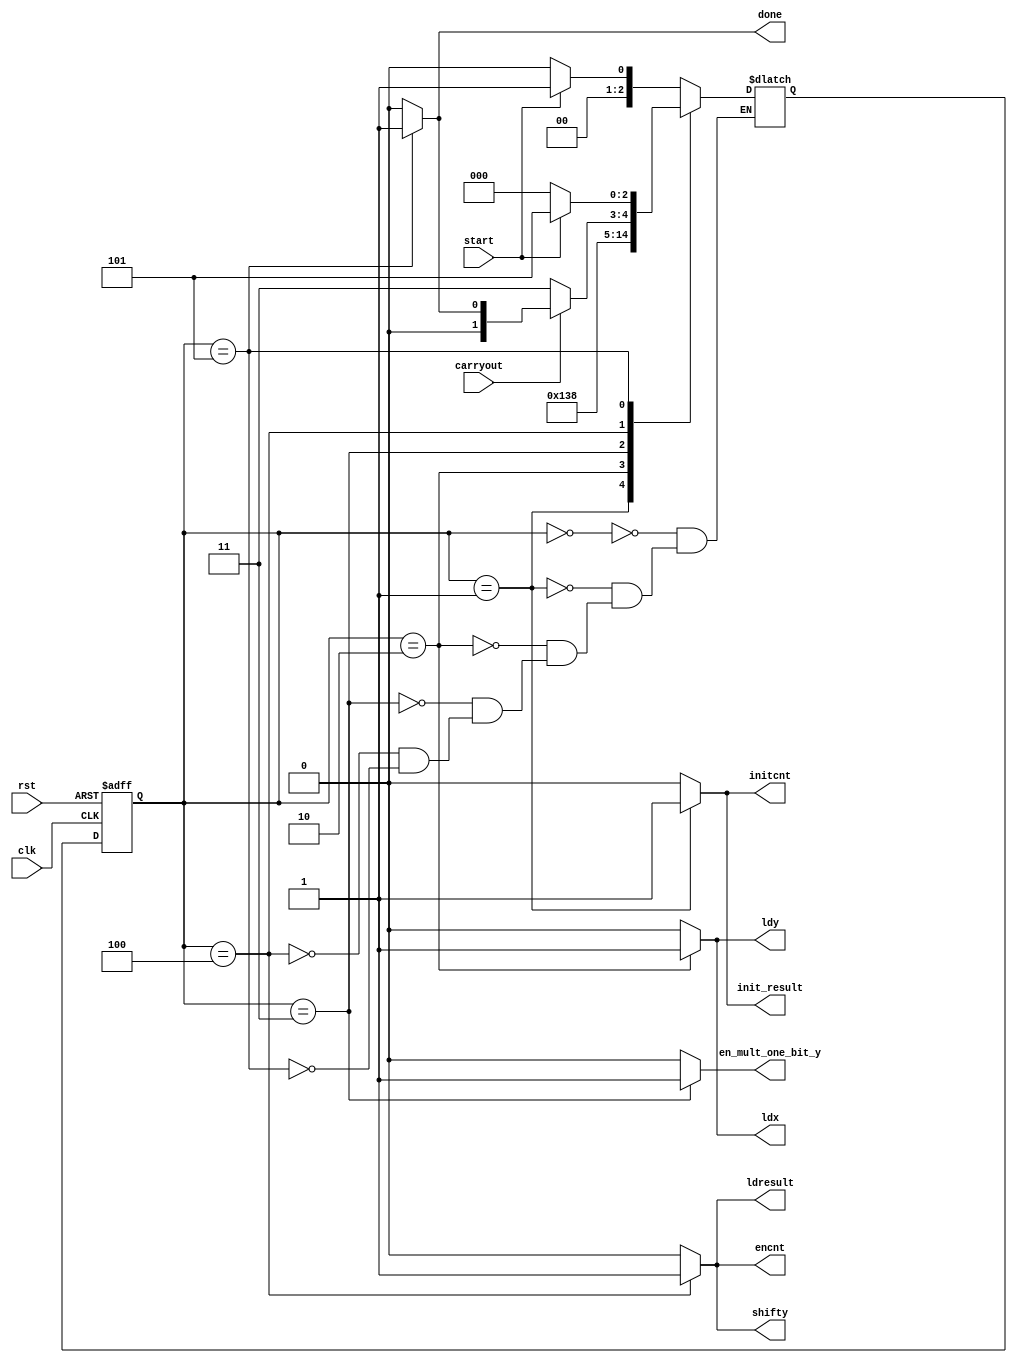
module controller(clk,rst,carryout,start,ldx,ldy,shifty,initcnt,encnt,en_mult_one_bit_y,init_result,ldresult,done);
    input clk,rst,start,carryout;
    output reg ldx,ldy,shifty,initcnt,encnt,en_mult_one_bit_y,init_result,ldresult,done;
    parameter[2:0] idle = 3'b000,starting = 3'b001,loading = 3'b010,enmulty = 3'b011,loadresult = 3'b100,Done = 3'b101;
    reg [2:0] ps,ns;
    always@(posedge clk,posedge rst)begin
      if(rst) begin
            ps <= 3'b000;
        end
      else ps<=ns;
    end

    always@(ps,start)begin
    case(ps)
        idle:ns = start ? starting : idle;
        starting:ns = loading;
        loading:ns = enmulty;
        enmulty:ns = 3'b100;
        loadresult:ns = (carryout==1) ? done : enmulty;
        Done:ns = start ? Done:idle;
    endcase
    end

    always@(ps)begin
    {done,en_mult_one_bit_y ,encnt,shifty,ldx,ldy,ldresult,init_result,initcnt} = 9'b0;
    case(ps)    
        idle: ;
        starting: {initcnt,init_result} =2'b 11;
        loading: {ldx,ldy} = 2'b 11;
        enmulty: en_mult_one_bit_y = 1;
        loadresult: {shifty, encnt, ldresult} = 3'b 111;
        Done: done = 1'b1; 
    endcase
    end
endmodule